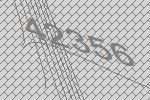
42356